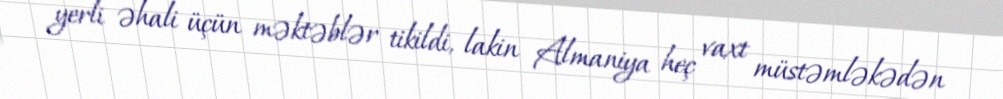
yerli əhali üçün məktəblər tikildi, lakin Almaniya heç vaxt müstəmləkədən